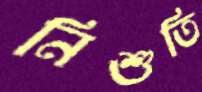
নিশুতি